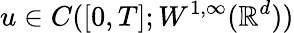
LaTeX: u\in C([0,T];W^{1,\infty}(\mathbb{R}^{d}))